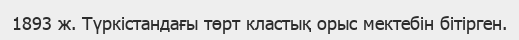
1893 ж. Түркістандағы төрт кластық орыс мектебін бітірген.